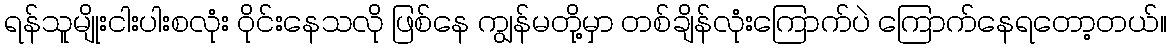
ရန်သူမျိုးငါးပါးစလုံး ဝိုင်းနေသလို ဖြစ်နေ ကျွန်မတို့မှာ တစ်ချိန်လုံးကြောက်ပဲ ကြောက်နေရတော့တယ်။